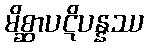
မိစ္ဆာပဋိပန္နဿ